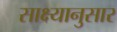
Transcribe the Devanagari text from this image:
साक्ष्यानुसार